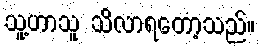
သူ့ဟာသူ သိလာရတော့သည်။